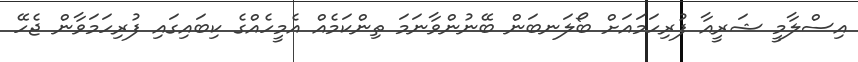
އިސްލާމީ ޝަރީއާ ފުރިހަމައަށް ބޯލަނބަން ބޭނުންވާނަމަ ތިންކަމެއް އެމީހެއްގެ ކިބައިގައި ފުރިހަމަވާން ޖެހޭ